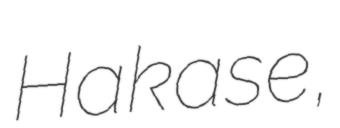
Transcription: Hakase,